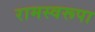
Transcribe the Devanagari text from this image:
रामस्वरूपा